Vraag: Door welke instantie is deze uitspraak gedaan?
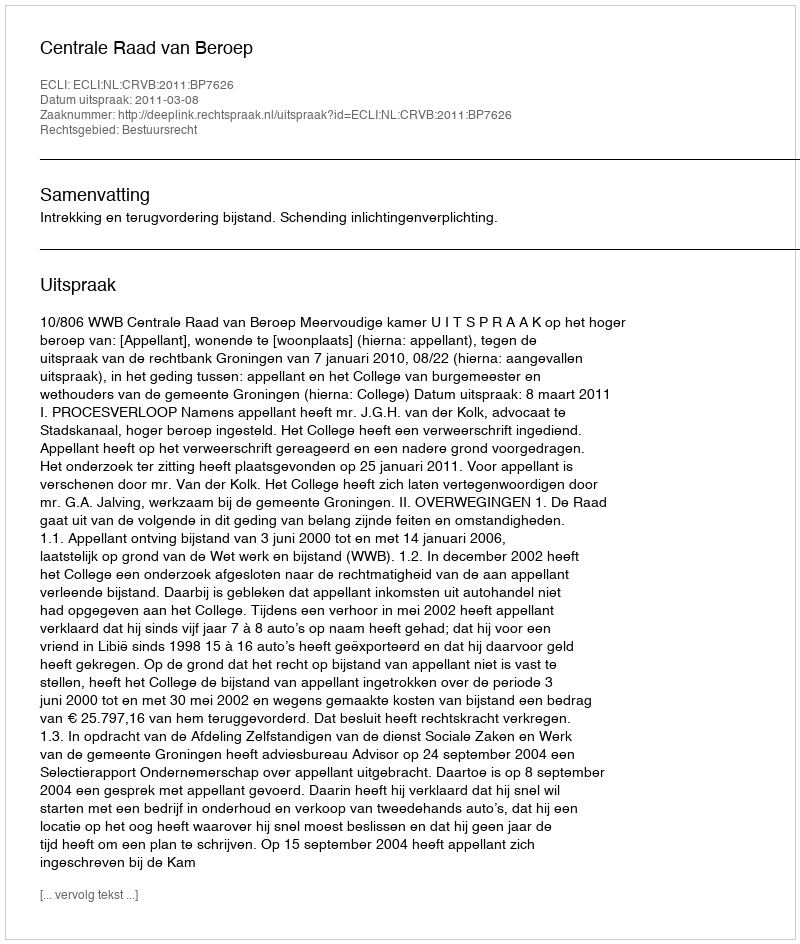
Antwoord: Centrale Raad van Beroep